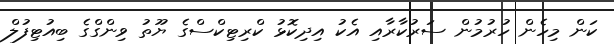
ކަން މިހެން ހުރުމުން ސަރުކާރާއި އެކު އިދިކޮޅު ކްރިޓިކްސްގެ ޔޫތު ވިންގްގެ ބިއުޓިފުލް